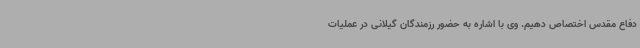
دفاع مقدس اختصاص دهیم. وی با اشاره به حضور رزمندگان گیلانی در عملیات